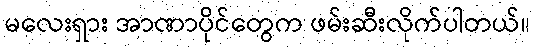
မလေးရှား အာဏာပိုင်တွေက ဖမ်းဆီးလိုက်ပါတယ်။